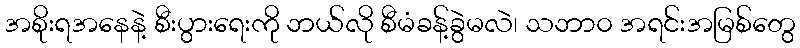
အစိုးရအနေနဲ့ စီးပွားရေးကို ဘယ်လို စီမံခန့်ခွဲမလဲ၊ သဘာ၀ အရင်းအမြစ်တွေ